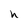
Character: h